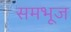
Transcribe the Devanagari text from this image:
समभूज